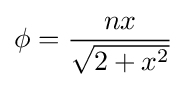
\phi ={\frac {nx}{\sqrt {2+x^{2}}}}